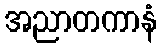
အညာတကာနံ